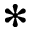
*